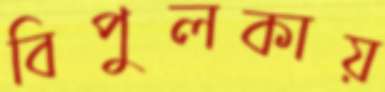
বিপুলকায়